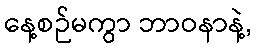
နေ့စဉ်မကွာ ဘာဝနာနဲ့,